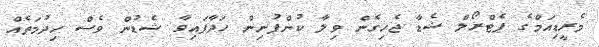
މެރީޑިއަމްގެ ޕެޓްރޯލް ޝެޑާ ޖެހިގެން ވިލާ ކުންފުނިން ހަދާފައިވާ ޝެޑުން ވެސް ހިދުމަތެއް